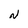
Character: N